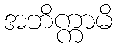
အဘိက္ကာမိ